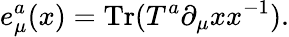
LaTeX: e_{\mu}^{a}(x)=\mathrm{Tr}(T^{a}\partial_{\mu}xx^{-1}).